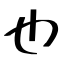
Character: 也